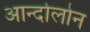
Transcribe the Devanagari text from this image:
आन्दोलोन